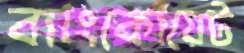
ব্যাংকোয়েট